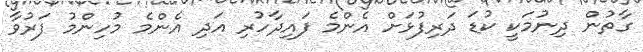
ގާތުން ދިނުމަކީ ކުޑަ ދަރިފުޅަށް އެންމެ ފައިދާހުރި އަދި އެންމެ މުހިންމު ފަރުވާ